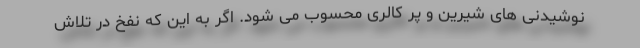
نوشیدنی های شیرین و پر کالری محسوب می شود. اگر به این که نفخ در تلاش